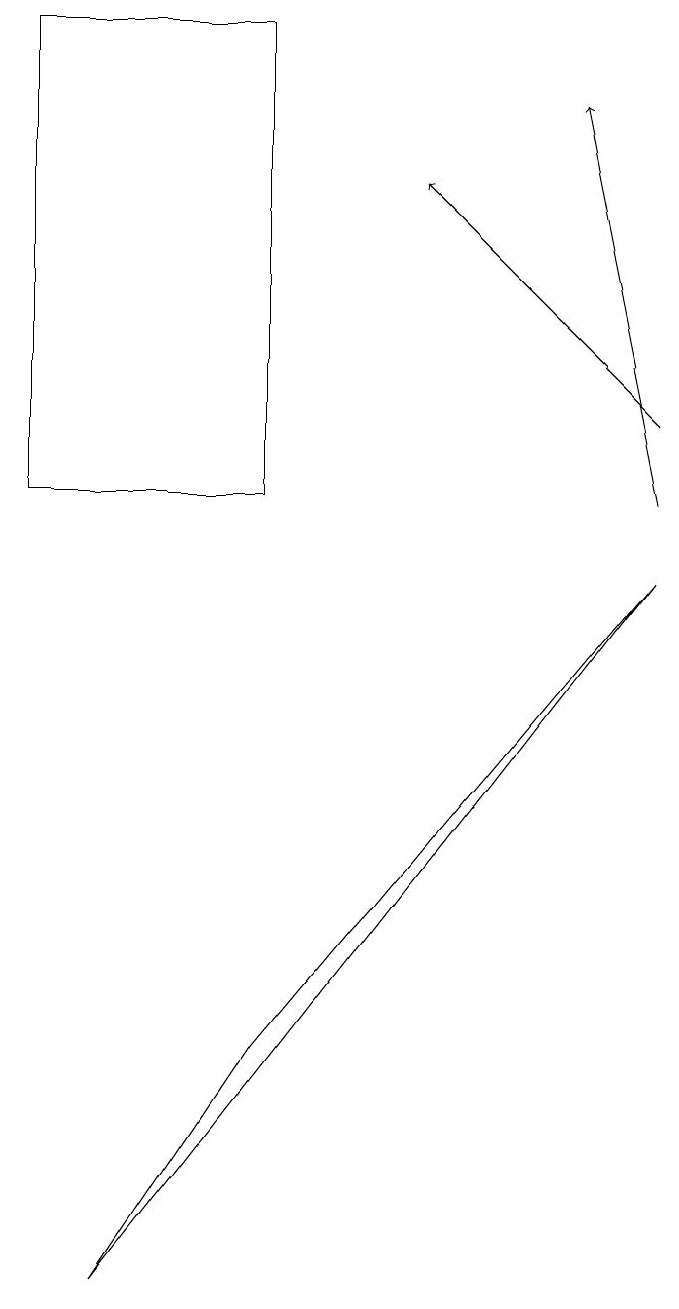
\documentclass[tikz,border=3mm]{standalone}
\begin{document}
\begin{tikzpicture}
\draw (2,0) -- (9,9) -- (4,3) -- cycle;
\draw[->] (9,10) -- (8,15);
\draw[->] (9,11) -- (6,14);
\draw (4,16) rectangle (1,10);
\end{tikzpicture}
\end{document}